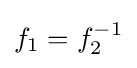
f_{1}=f_{2}^{-1}